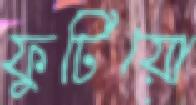
ফুটিয়ো